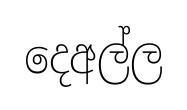
දෙඅල්ල